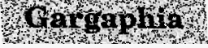
Gargaphia